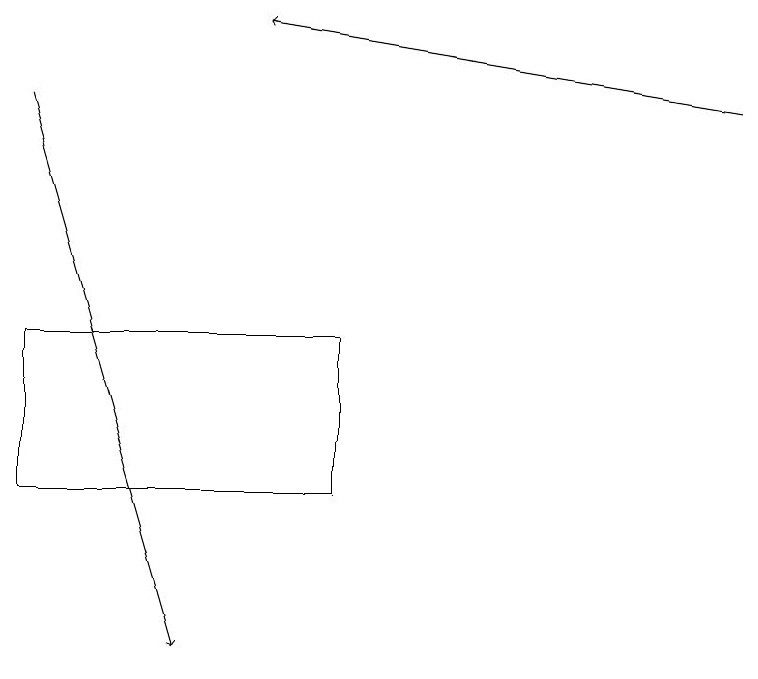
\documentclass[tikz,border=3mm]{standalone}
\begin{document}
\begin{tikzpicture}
\draw[->] (9,17) -- (3,18);
\draw (4,14) rectangle (0,12);
\draw[->] (0,17) -- (2,10);
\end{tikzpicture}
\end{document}